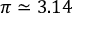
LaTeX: \pi \simeq 3 . 1 4